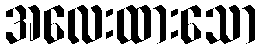
အလေးထားသော